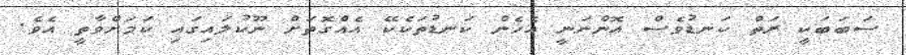
ސަބަބަކީ ރަތް ކަނޑުވެސް އޮންނަނީ އެހެން ކަނޑުތަކެކޭ އެއްގޮތަށް ނޫކުލައިގައި ކަމަށްވާތީ އެވެ.